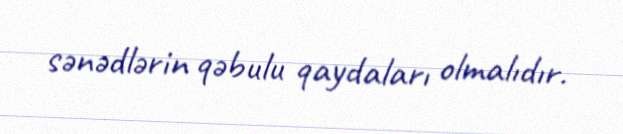
sənədlərin qəbulu qaydaları olmalıdır.